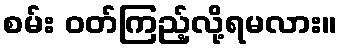
စမ်း ဝတ်ကြည့်လို့ရမလား။